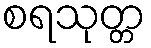
စရသုတ္တ